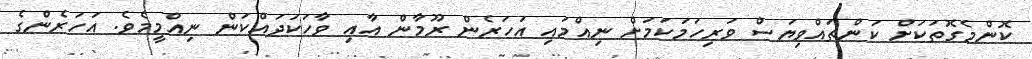
ކޮންމެގޮތަކަށް ކަންތައްވިޔަސް ވަރިހަމަކަމަށް ނިއްމައި އަހަރެން ރޫމާން އާއި ވާހަކަދައްކަން ނިއްމީމެވެ. އަހަރެންގެ